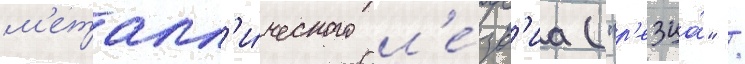
м'еталл'и́ческого л'е́зв'иа ("р'езца́" /